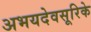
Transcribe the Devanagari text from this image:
अभयदेवसूरिके